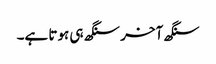
سنگھ آخر سنگھ ہی ہوتا ہے۔